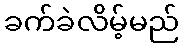
ခက်ခဲလိမ့်မည်